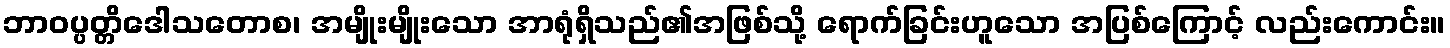
ဘာဝပ္ပတ္တိဒေါသတောစ၊ အမျိုးမျိုးသော အာရုံရှိသည်၏အဖြစ်သို့ ရောက်ခြင်းဟူသော အပြစ်ကြောင့် လည်းကောင်း။